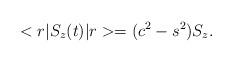
LaTeX: \begin{align*}<r|S_{z}(t)|r>=(c^{2}-s^{2}) S_{z}.\end{align*}